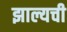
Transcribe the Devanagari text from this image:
झाल्यची